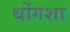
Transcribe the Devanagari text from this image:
थोंगशा